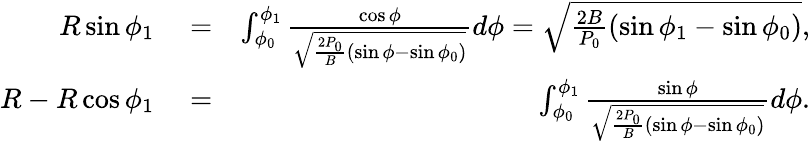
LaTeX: \begin{array}{rlr}{R\sin\phi_{1}}&{{}=}&{\int_{\phi_{0}}^{\phi_{1}}\frac{\cos\phi}{\sqrt{\frac{2P_{0}}{B}(\sin\phi-\sin\phi_{0})}}d\phi=\sqrt{\frac{2B}{P_{0}}(\sin\phi_{1}-\sin\phi_{0})},}\\ {R-R\cos\phi_{1}}&{{}=}&{\int_{\phi_{0}}^{\phi_{1}}\frac{\sin\phi}{\sqrt{\frac{2P_{0}}{B}(\sin\phi-\sin\phi_{0})}}d\phi.}\end{array}